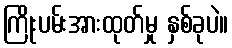
ကြိုးပမ်းအားထုတ်မှု နှစ်ခုပဲ။